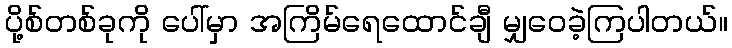
ပို့စ်တစ်ခုကို ပေါ်မှာ အကြိမ်ရေထောင်ချီ မျှဝေခဲ့ကြပါတယ်။